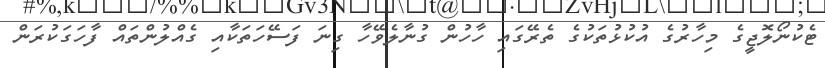
ޓެކުނޯލޮޖީގެ މިހާރުގެ އުކުޅުތަކުގެ ތެރޭގައި ހާހުން ގުނާލެވޭހާ ގިނަ ފަސޭހަތަކާއި ގެއްލުންތައް ފާހަގަކުރަން